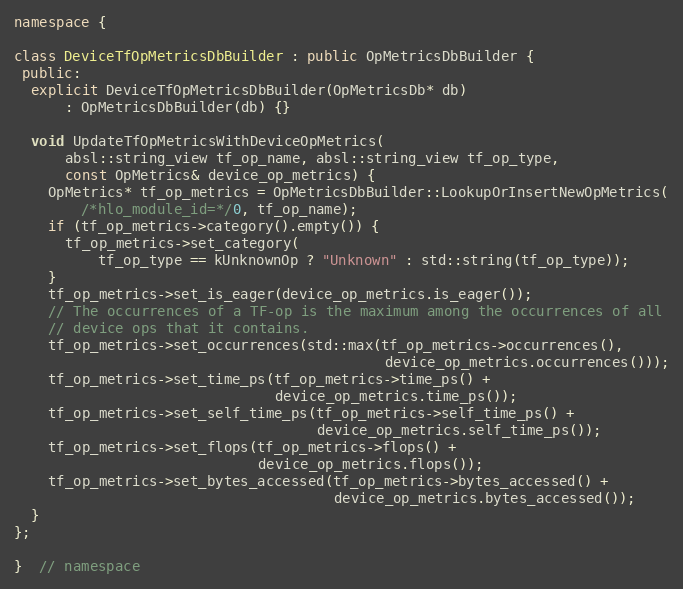
Language: C++
namespace {

class DeviceTfOpMetricsDbBuilder : public OpMetricsDbBuilder {
 public:
  explicit DeviceTfOpMetricsDbBuilder(OpMetricsDb* db)
      : OpMetricsDbBuilder(db) {}

  void UpdateTfOpMetricsWithDeviceOpMetrics(
      absl::string_view tf_op_name, absl::string_view tf_op_type,
      const OpMetrics& device_op_metrics) {
    OpMetrics* tf_op_metrics = OpMetricsDbBuilder::LookupOrInsertNewOpMetrics(
        /*hlo_module_id=*/0, tf_op_name);
    if (tf_op_metrics->category().empty()) {
      tf_op_metrics->set_category(
          tf_op_type == kUnknownOp ? "Unknown" : std::string(tf_op_type));
    }
    tf_op_metrics->set_is_eager(device_op_metrics.is_eager());
    // The occurrences of a TF-op is the maximum among the occurrences of all
    // device ops that it contains.
    tf_op_metrics->set_occurrences(std::max(tf_op_metrics->occurrences(),
                                            device_op_metrics.occurrences()));
    tf_op_metrics->set_time_ps(tf_op_metrics->time_ps() +
                               device_op_metrics.time_ps());
    tf_op_metrics->set_self_time_ps(tf_op_metrics->self_time_ps() +
                                    device_op_metrics.self_time_ps());
    tf_op_metrics->set_flops(tf_op_metrics->flops() +
                             device_op_metrics.flops());
    tf_op_metrics->set_bytes_accessed(tf_op_metrics->bytes_accessed() +
                                      device_op_metrics.bytes_accessed());
  }
};

}  // namespace